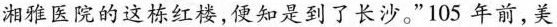
湘雅医院的这栋红楼，便知是到了长沙。” 105 年前，美